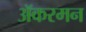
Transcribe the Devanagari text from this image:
ॲकरमन